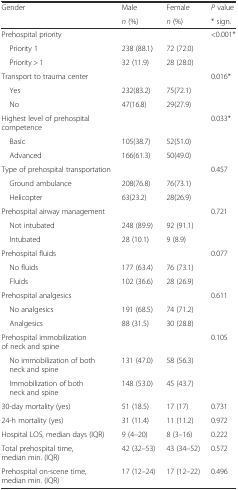
<table><thead><tr><td rowspan="2"><b>Gender</b></td><td><b>Male</b></td><td><b>Female</b></td><td><b><i>P</i> value</b></td></tr><tr><td><b><i>n</i> (%)</b></td><td><b><i>n</i> (%)</b></td><td><b>* sign.</b></td></tr></thead><tbody><tr><td>Prehospital priority</td><td></td><td></td><td>&lt;0.001*</td></tr><tr><td> Priority 1</td><td>238 (88.1)</td><td>72 (72.0)</td><td></td></tr><tr><td> Priority &gt; 1</td><td>32 (11.9)</td><td>28 (28.0)</td><td></td></tr><tr><td>Transport to trauma center</td><td></td><td></td><td>0.016*</td></tr><tr><td> Yes</td><td>232(83.2)</td><td>75(72.1)</td><td></td></tr><tr><td> No</td><td>47(16.8)</td><td>29(27.9)</td><td></td></tr><tr><td>Highest level of prehospital competence</td><td></td><td></td><td>0.033*</td></tr><tr><td> Basic</td><td>105(38.7)</td><td>52(51.0)</td><td></td></tr><tr><td> Advanced</td><td>166(61.3)</td><td>50(49.0)</td><td></td></tr><tr><td>Type of prehospital transportation</td><td></td><td></td><td>0.457</td></tr><tr><td> Ground ambulance</td><td>208(76.8)</td><td>76(73.1)</td><td></td></tr><tr><td> Helicopter</td><td>63(23.2)</td><td>28(26.9)</td><td></td></tr><tr><td>Prehospital airway management</td><td></td><td></td><td>0.721</td></tr><tr><td> Not intubated</td><td>248 (89.9)</td><td>92 (91.1)</td><td></td></tr><tr><td> Intubated</td><td>28 (10.1)</td><td>9 (8.9)</td><td></td></tr><tr><td>Prehospital fluids</td><td></td><td></td><td>0.077</td></tr><tr><td> No fluids</td><td>177 (63.4)</td><td>76 (73.1)</td><td></td></tr><tr><td> Fluids</td><td>102 (36.6)</td><td>28 (26.9)</td><td></td></tr><tr><td>Prehospital analgesics</td><td></td><td></td><td>0.611</td></tr><tr><td> No analgesics</td><td>191 (68.5)</td><td>74 (71.2)</td><td></td></tr><tr><td> Analgesics</td><td>88 (31.5)</td><td>30 (28.8)</td><td></td></tr><tr><td>Prehospital immobilization of neck and spine</td><td></td><td></td><td>0.105</td></tr><tr><td> No immobilization of both neck and spine</td><td>131 (47.0)</td><td>58 (56.3)</td><td></td></tr><tr><td> Immobilization of both neck and spine</td><td>148 (53.0)</td><td>45 (43.7)</td><td></td></tr><tr><td>30-day mortality (yes)</td><td>51 (18.5)</td><td>17 (17)</td><td>0.731</td></tr><tr><td>24-h mortality (yes)</td><td>31 (11.4)</td><td>11 (11.2)</td><td>0.972</td></tr><tr><td>Hospital LOS, median days (IQR)</td><td>9 (4–20)</td><td>8 (3–16)</td><td>0.222</td></tr><tr><td>Total prehospital time, median min. (IQR)</td><td>42 (32–53)</td><td>43 (34–52)</td><td>0.572</td></tr><tr><td>Prehospital on-scene time, median min. (IQR)</td><td>17 (12–24)</td><td>17 (12–22)</td><td>0.496</td></tr></tbody></table>